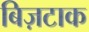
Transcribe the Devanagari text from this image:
बिज़टाक